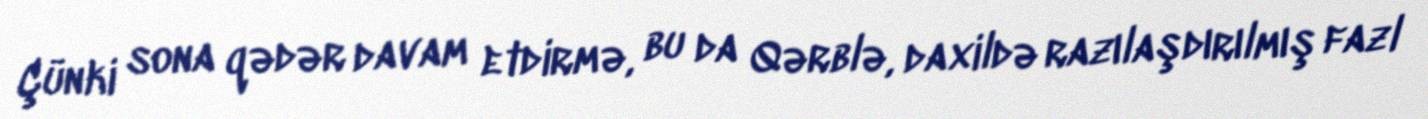
Çünki sona qədər davam etdirmə, bu da Qərblə, daxildə razılaşdırılmış fazl